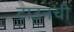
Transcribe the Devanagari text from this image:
टाउनची